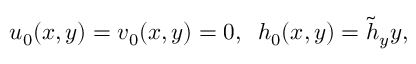
u _ { 0 } ( x , y ) = v _ { 0 } ( x , y ) = 0 , \; \; h _ { 0 } ( x , y ) = \tilde { h } _ { y } y ,